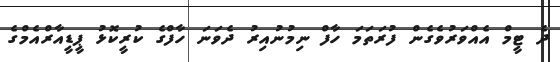
ދެ ޓީމް އެއްވަރުވެގެން ފުރަތަމަ ހާފް ނިމުނުއިރު ދެވަނަ ހާފްގެ ކުރީކޮޅު ޕީޑީއާރްއެމްގެ